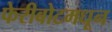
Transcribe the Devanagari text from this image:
फेरीबोटमधून